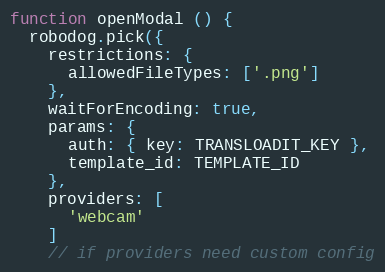
Language: JavaScript
function openModal () {
  robodog.pick({
    restrictions: {
      allowedFileTypes: ['.png']
    },
    waitForEncoding: true,
    params: {
      auth: { key: TRANSLOADIT_KEY },
      template_id: TEMPLATE_ID
    },
    providers: [
      'webcam'
    ]
    // if providers need custom config